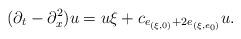
LaTeX: \begin{align*}(\partial_t - \partial_x^2) u = u \xi + c_{e_{(\xi,0)} + 2e_{(\xi,e_0)}}u.\end{align*}